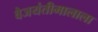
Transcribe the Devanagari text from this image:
वैजयंतीमालाला